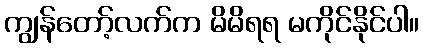
ကျွန်တော့်လက်က မိမိရရ မကိုင်နိုင်ပါ။